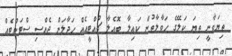
ތިޔަވާނީ ތިޔަ ކަލޭގެ ހަވާލާތުން ކައިލާ ބޮއެލާ ޗުއްޓީއެއް ހަދާލަން ޖެއްސި ސްޓަންޓެއް